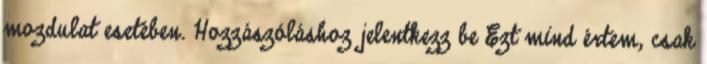
mozdulat esetében. Hozzászóláshoz jelentkezz be Ezt mind értem, csak